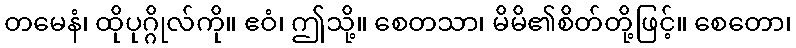
တမေနံ၊ ထိုပုဂ္ဂိုလ်ကို။ ဧဝံ၊ ဤသို့။ စေတသာ၊ မိမိ၏စိတ်တို့ဖြင့်။ စေတော၊